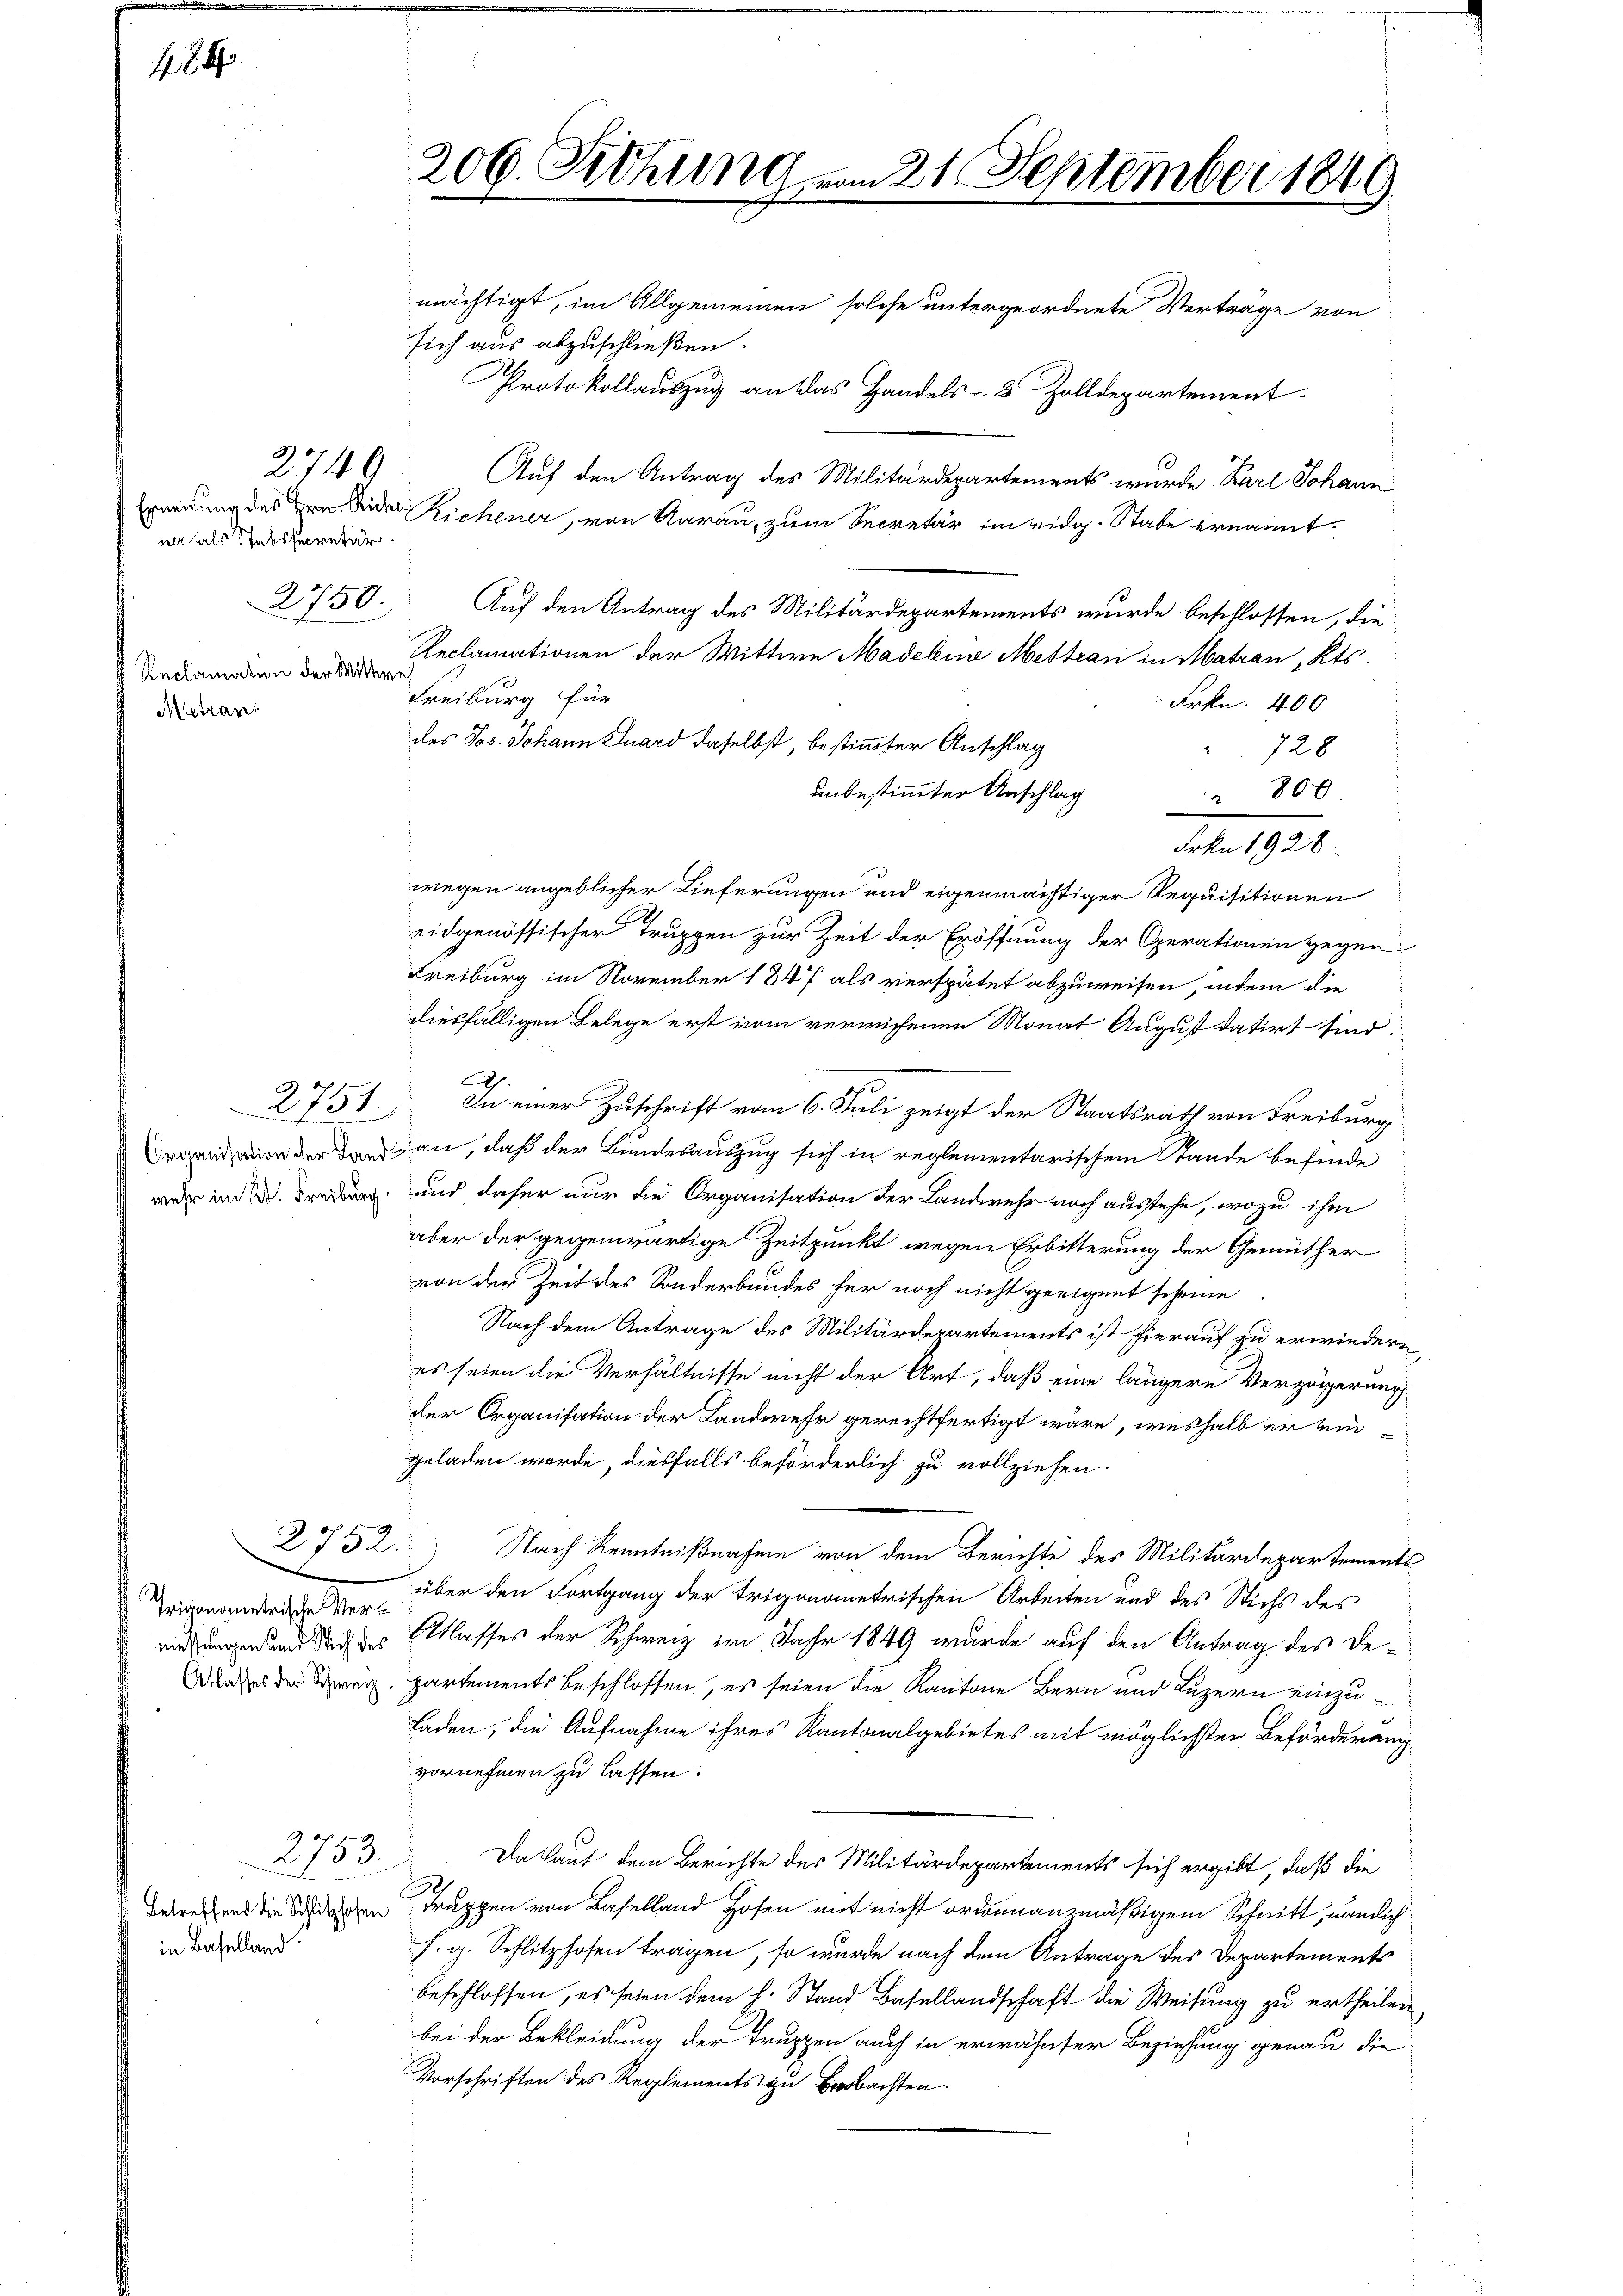
484

ner als Stabssecretär.
2750.
Reclamation der Wittwe
Métran.

2749

2752.

Irigonometrische Vermessungen und Stich des

2753.

Betreffend die Schlitzhofen
in Baselland

206. Sitzung

mächtigt, im Allgemeinen solche untergeordnete Verträge von
sich aus abzuschließen.
Protokollauszug an das Handels- & Zolldepartement
Auf den Antrag des Militärdepartements wurde. Karl Johann
Ernennung des Hrn. Seider Richener, von Aarau, zum Secretär im eidg. Stabe ernannt.
Auf den Antrag des Militärdepartements wurde beschlossen, die
Reclamationen der Wittwe Madelina Mettern in Matran, Kts.
Freiburg für
Frkn. 400
des Jos. Johann Suard daselbst, bestimmter Anschlag
728
" 800
unbestimmter Anschlag
wegen angeblicher Lieferungen und eigenmächtiger Requisitionen
eidgenössischer Truppen zur Zeit der Eröffnung der Operationen gegen
Freiburg im November 1847 als verspätet abzuweisen, indem die
diesfälligen Belege erst vom verwichenen Monat August datirt sind:
Ah.
2751. In einer Zuschrift vom 6. Juli zeigt der Staatsrath von Freiburg
Degend in der daran, daß der Bundesauszug sich in reglementarischem Stande befinde
we in der und daher nur die Organisation der Landwehr noch ausstehe, wozu ihm
aber der gegenwärtige Zeitpunkt wegen Erbitterung der Gemüther
von der Zeit des Sonderbundes für noch nicht geeignet scheine
Nach dem Antrage des Militärdepartements ist hierauf zu erwiedern
es seien die Verhältnisse nicht der Art, daß eine längere Verzögerung
der Organisation der Landwehr gerechtfertigt wäre, weshalb er eingeladen werde, diesfalls beförderlich zu vollziehen.
Nach Kenntnißnahme von dem Berichte des Militärdepartements
über den Fortgang der Trigonometrischen Arbeiten und des Stichs des
Atlasses der Schweiz im Jahr 1849 wurde auf den Antrag des De-
Waher der Breg, partements beschlossen, es seien die Kantone Bern und Luzern einzu¬
Laden, die Aufnahme ihres Kantonalgebietes mit möglichster Beförderung
vornehmen zu lassen.
Da laut dem Berichte des Militärdepartements sich ergibt, daß die
Truppen von Baselland Hosen mit nicht ordonnansmäßigem Schnitt, nämlich
s. g. Schlitzhosen tragen, so wurde nach dem Antrage des Departements
beschlossen, es seien dem h. Stand Basellandschaft die Weisung zu ertheilen,
bei der Bekleidung der Truppen auch in erwähnter Beziehung genau die
Vorschriften des Reglements zu beobachten.

m 21. September 1849

dat. 1821.